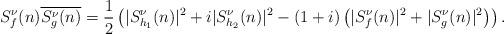
LaTeX: \begin{align*}S^\nu_f(n)\overline{S^\nu_g(n)} = \frac{1}{2} \left( |S^\nu_{h_1}(n)|^2+ i |S^\nu_{h_2}(n)|^2-(1+i)\left( |S^\nu_f(n)|^2+|S^\nu_g(n)|^2 \right) \right).\end{align*}